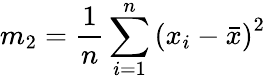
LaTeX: m_{2}={\frac{1}{n}}\sum_{i=1}^{n}{(x_{i}-{\bar{x}})}^{2}